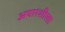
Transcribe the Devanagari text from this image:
अपारशीला